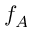
f _ { A }